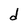
Character: d